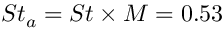
S t _ { a } = S t \times M = 0 . 5 3